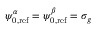
\psi _ { 0 , \mathrm { r e f } } ^ { \alpha } = \psi _ { 0 , \mathrm { r e f } } ^ { \beta } = \sigma _ { g }